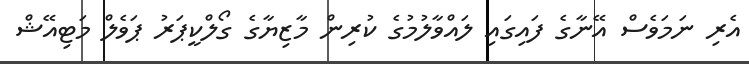
އެރި ނަމަވެސް އޭނާގެ ފައިގައި ލައްވާލުމުގެ ކުރިން މާޒިޔާގެ ގޯލްކީޕަރު ޕަވެލް މަޓިއޭޝް